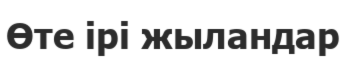
Өте ірі жыландар